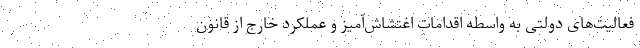
فعالیت‌های دولتی به واسطه اقدامات اغتشاش‌آمیز و عملکرد خارج از قانون